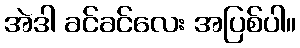
အဲဒါ ခင်ခင်လေး အပြစ်ပါ။